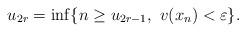
LaTeX: \begin{align*}u_{2r}=\inf \{ n\geq u_{2r-1}, \ v(x_n) < \varepsilon\}.\end{align*}